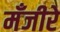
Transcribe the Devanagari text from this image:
मँजीरे